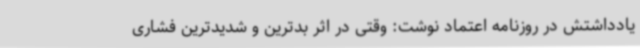
یادداشتش در روزنامه اعتماد نوشت: وقتی در اثر بدترین و شدیدترین فشاری